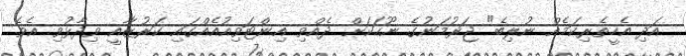
އަދި އެހީތެރިކަމެއް ނުލިބެ" ޖަރުމަނުގެ ނޫހަކަށް ދެއްވި އިންޓަވިއުއެއްގައި ކަރުޒާއީ ވިދާޅުވި އެވެ.